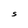
Character: S